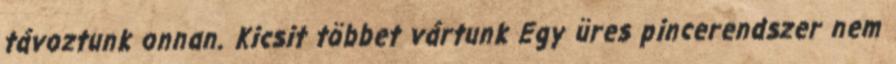
távoztunk onnan. Kicsit többet vártunk Egy üres pincerendszer nem